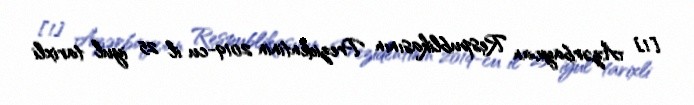
[1] Azərbaycan Respublikasının Prezidentinin 2019-cu il 25 iyul tarixli